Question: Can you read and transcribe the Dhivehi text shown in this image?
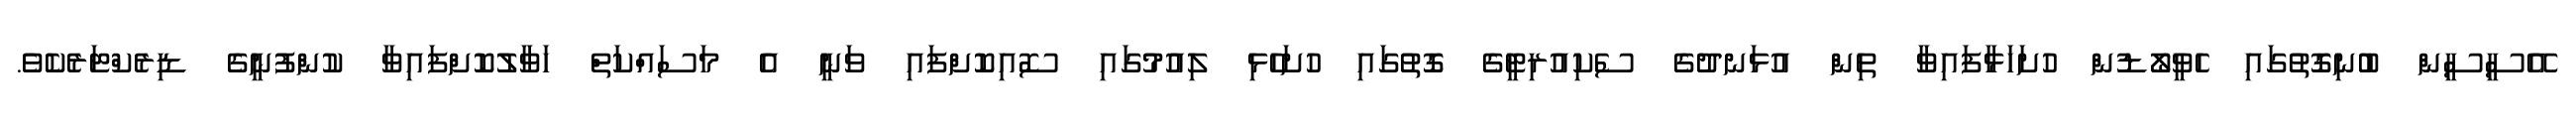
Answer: އޭސީސީން ބުނިގޮތުގައި ހެވީލޯޑުން ހުށަހަޅާފައިވާ ތިން އުޅަނދުގެ ސެކިއުރިޓީގެ ގޮތުގައި ހުށަހެޅި ލިއުމުގައި ސޮއިކޮށްފައި ވަނީ އެ މަސައްކަތް ހަވާލުކޮށްފައިވާ ކުންފުނީގެ ޑިރެކްޓަރެކެވެ.